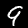
Digit: 9